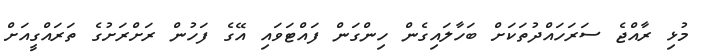
މުޅި ރާއްޖެ ސަރަހައްދުތަކަށް ބަހާލައިގެން ހިންގަން ފައްޓަވައި އޭގެ ފަހުން ރަށްރަށުގެ ތަރައްގީއަށް